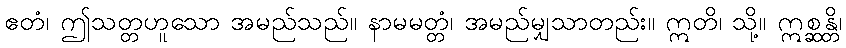
ဧတံ၊ ဤသတ္တဟူသော အမည်သည်။ နာမမတ္တံ၊ အမည်မျှသာတည်း။ ဣတိ၊ သို့။ ဣစ္ဆန္တိ၊